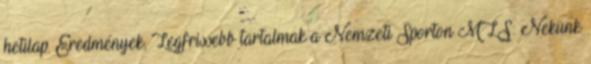
hetilap. Eredmények, Legfrissebb tartalmak a Nemzeti Sporton MLS: Nekünk